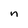
Character: n